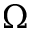
\Omega